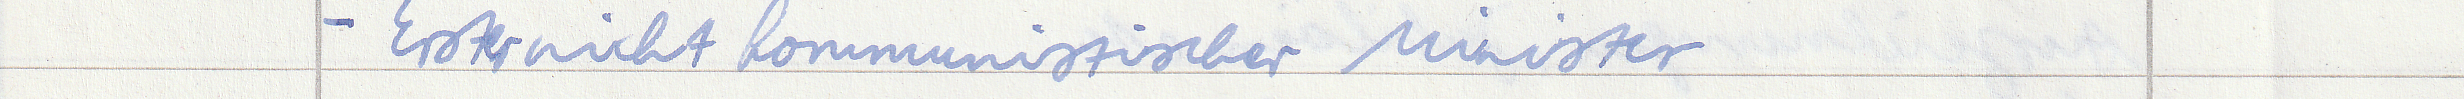
- Erster nicht kommunistischer Minister